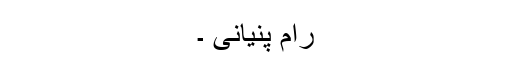
رام پنیانی ۔